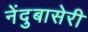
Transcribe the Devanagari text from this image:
नेंदुबासेरी